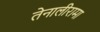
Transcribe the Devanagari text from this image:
तेनालीरामा